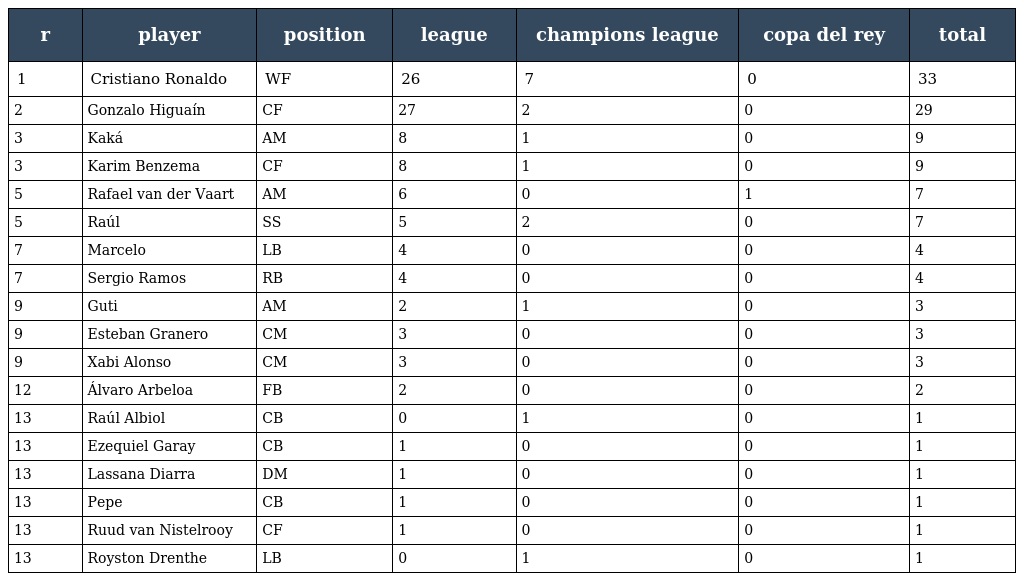
| r | player | position | league | champions league | copa del rey | total |
 | --- | --- | --- | --- | --- | --- | --- |
 | 1 | Cristiano Ronaldo | WF | 26 | 7 | 0 | 33 |
 | 2 | Gonzalo Higuaín | CF | 27 | 2 | 0 | 29 |
 | 3 | Kaká | AM | 8 | 1 | 0 | 9 |
 | 3 | Karim Benzema | CF | 8 | 1 | 0 | 9 |
 | 5 | Rafael van der Vaart | AM | 6 | 0 | 1 | 7 |
 | 5 | Raúl | SS | 5 | 2 | 0 | 7 |
 | 7 | Marcelo | LB | 4 | 0 | 0 | 4 |
 | 7 | Sergio Ramos | RB | 4 | 0 | 0 | 4 |
 | 9 | Guti | AM | 2 | 1 | 0 | 3 |
 | 9 | Esteban Granero | CM | 3 | 0 | 0 | 3 |
 | 9 | Xabi Alonso | CM | 3 | 0 | 0 | 3 |
 | 12 | Álvaro Arbeloa | FB | 2 | 0 | 0 | 2 |
 | 13 | Raúl Albiol | CB | 0 | 1 | 0 | 1 |
 | 13 | Ezequiel Garay | CB | 1 | 0 | 0 | 1 |
 | 13 | Lassana Diarra | DM | 1 | 0 | 0 | 1 |
 | 13 | Pepe | CB | 1 | 0 | 0 | 1 |
 | 13 | Ruud van Nistelrooy | CF | 1 | 0 | 0 | 1 |
 | 13 | Royston Drenthe | LB | 0 | 1 | 0 | 1 |